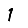
Digit: 1